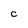
Character: C